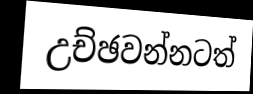
උච්ඡවන්නටත්